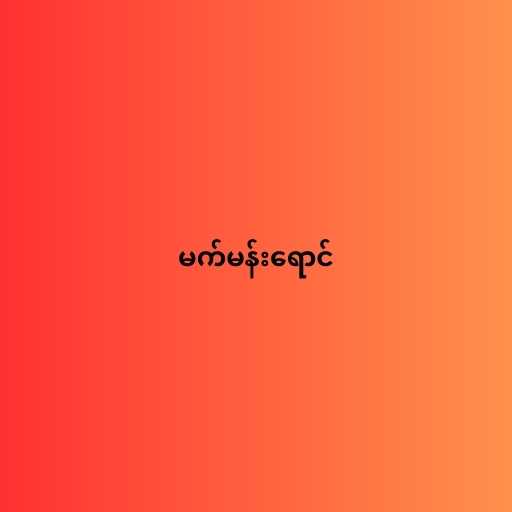
မက်မန်းရောင်